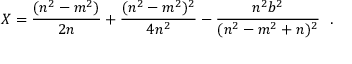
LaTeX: X = \frac { ( n ^ { 2 } - m ^ { 2 } ) } { 2 n } + \frac { ( n ^ { 2 } - m ^ { 2 } ) ^ { 2 } } { 4 n ^ { 2 } } - \frac { n ^ { 2 } b ^ { 2 } } { ( n ^ { 2 } - m ^ { 2 } + n ) ^ { 2 } } ~ ~ .